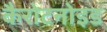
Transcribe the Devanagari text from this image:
कैरोटनोइड